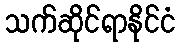
သက်ဆိုင်ရာနိုင်ငံ